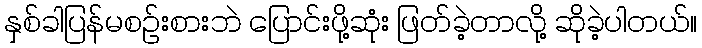
နှစ်ခါပြန်မစဥ်းစားဘဲ ပြောင်းဖို့ဆုံး ဖြတ်ခဲ့တာလို့ ဆိုခဲ့ပါတယ်။